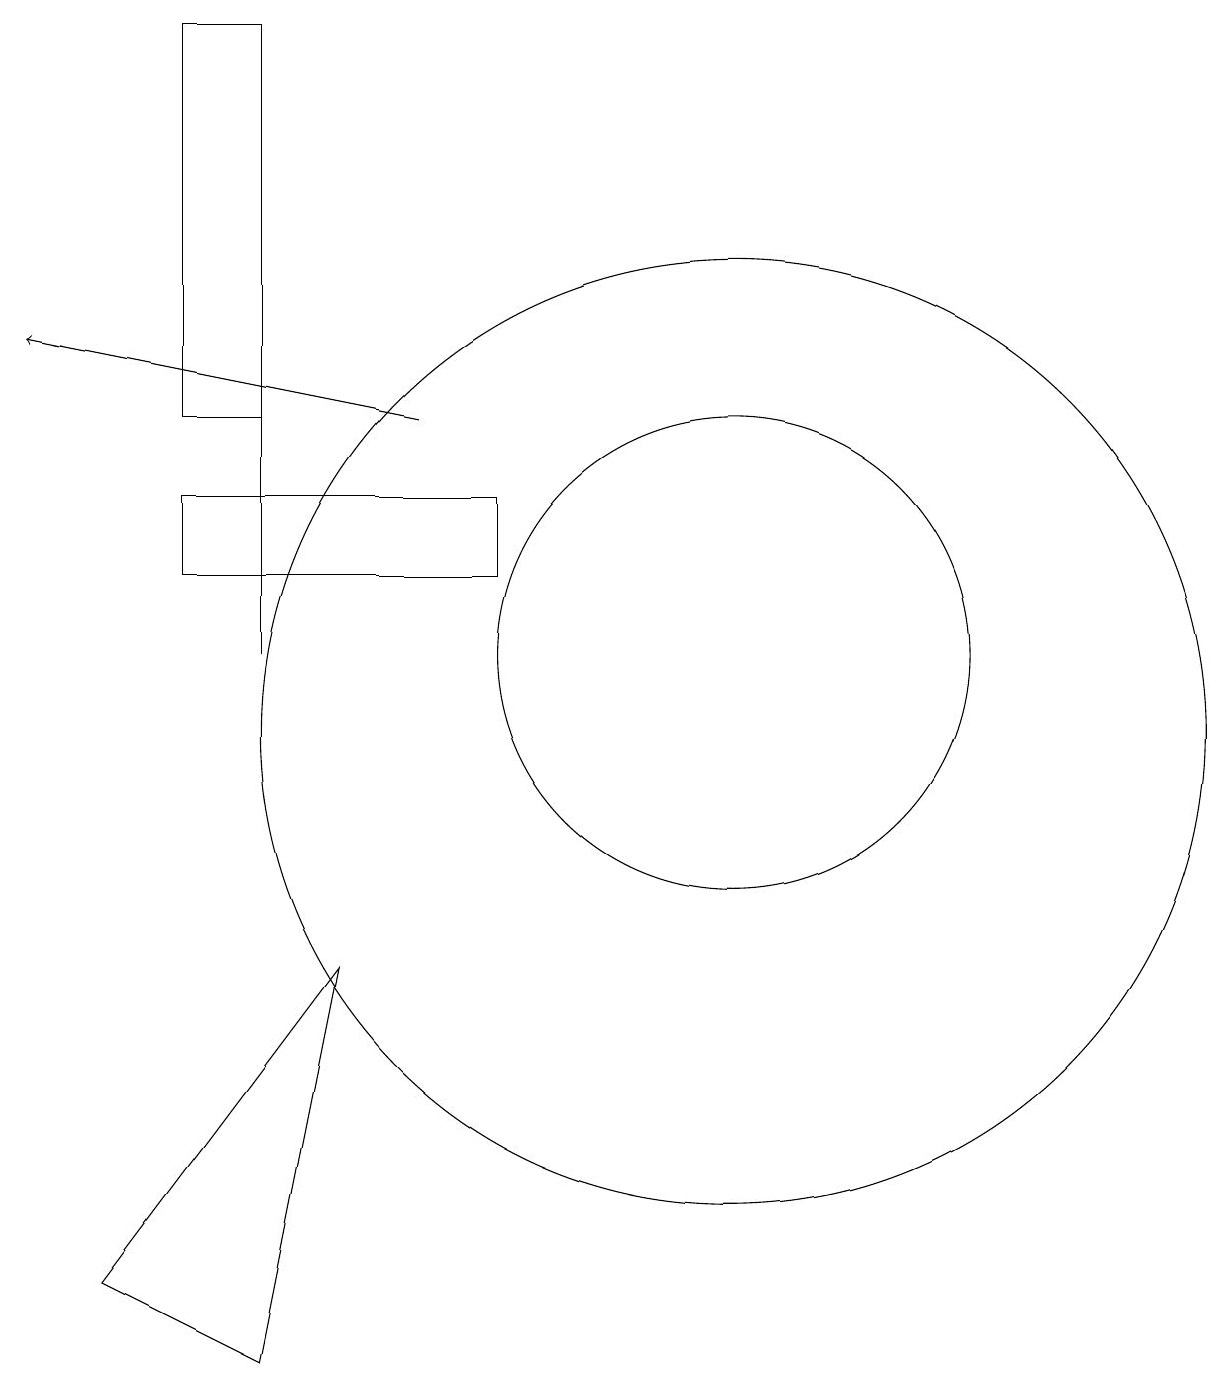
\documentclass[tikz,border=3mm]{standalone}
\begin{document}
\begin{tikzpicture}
\draw (11,11) circle (3);
\draw (5,2) -- (3,3) -- (6,7) -- cycle;
\draw (5,14) rectangle (5,11);
\draw[->] (7,14) -- (2,15);
\draw (8,13) rectangle (4,12);
\draw (11,10) circle (6);
\draw (5,19) rectangle (4,14);
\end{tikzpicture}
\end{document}